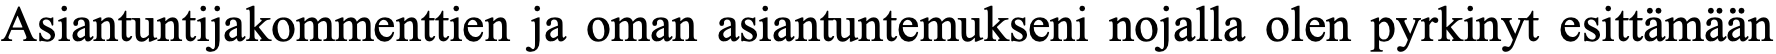
Asiantuntijakommenttien ja oman asiantuntemukseni nojalla olen pyrkinyt esittämään